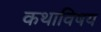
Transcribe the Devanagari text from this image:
कथाविषय